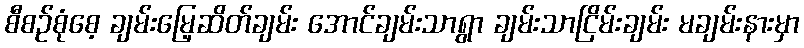
စီစဉ်စုံစေ့ ချမ်းမြေ့ဆိတ်ချမ်း အောင်ချမ်းသာရွာ ချမ်းသာငြိမ်းချမ်း မချမ်းနားမှာ